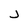
Character: j